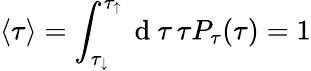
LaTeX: \langle\tau\rangle=\int_{\tau_{\downarrow}}^{\tau_{\uparrow}}\mathrm{~d~}\tau\, \tau P_{\tau}(\tau)=1